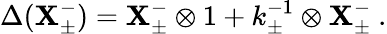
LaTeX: \Delta(\mathbf{X}_{\pm}^{-})=\mathbf{X}_{\pm}^{-}\otimes1+k_{\pm}^{-1}\otimes\mathbf{X}_{\pm}^{-}~.